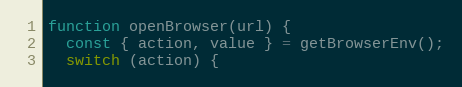
Language: JavaScript
function openBrowser(url) {
  const { action, value } = getBrowserEnv();
  switch (action) {